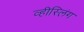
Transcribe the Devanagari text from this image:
व्हीस्लिंग